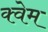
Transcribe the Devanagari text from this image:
क्वेम